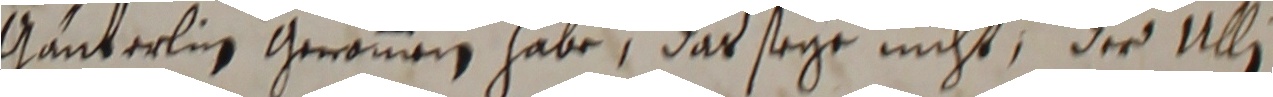
Mänterlin gerommen habe, das seye nicht, der Ulli